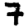
Digit: 7